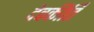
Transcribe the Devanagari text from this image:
देवकीर्ति